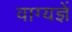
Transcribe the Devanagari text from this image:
वाग्यज्ञें